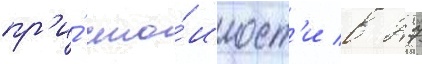
пр'и́ сто́имост'и в 27